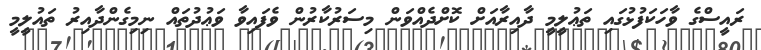
ރައީސްގެ ވާހަކަފުޅުގައި ތަޢުލީމީ ދާއިރާއަށް ކޮށްދެއްވަން މިސަރުކާރުން ވެފައިވާ ވަޢުދުތައް ނިމިގެންދާއިރު ތައުލީމީ